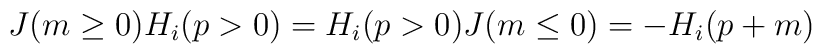
J(m \ge 0)H_i(p>0) = H_i(p>0)J(m\le 0) = -H_i(p+m)